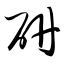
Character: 研